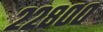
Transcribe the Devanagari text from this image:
२२८००